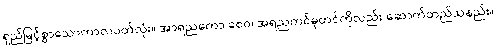
ရှည်မြင့်စွာသောကာလပတ်လုံး။ အာရညကော စေဝ၊ အရညကင်ဓုတင်ကိုလည်း ဆောက်တည်သနည်း။